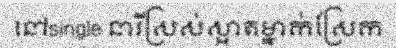
នៅsingle នារីស្រស់ស្អាតម្នាក់ស្រែក